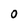
Character: O